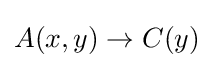
A(x,y)\rightarrow C(y)